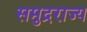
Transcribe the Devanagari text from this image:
समुद्रराज्य